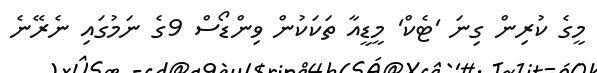
މީގެ ކުރިން ގިނަ 'ޓެކް' މީޑީއާ ތަކަކުން ވިންޑޯސް 9ގެ ނަމުގައި ނެރޭނެ